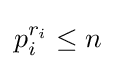
p_{i}^{r_{i}}\leq n